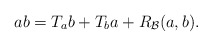
\begin{align*}a b = T_a b + T_b a + R_{\mathcal{B}}(a,b).\end{align*}